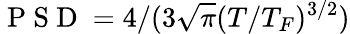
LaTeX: \mathrm{~P~S~D~}=4/(3\sqrt{\pi}(T/T_{F})^{3/2})